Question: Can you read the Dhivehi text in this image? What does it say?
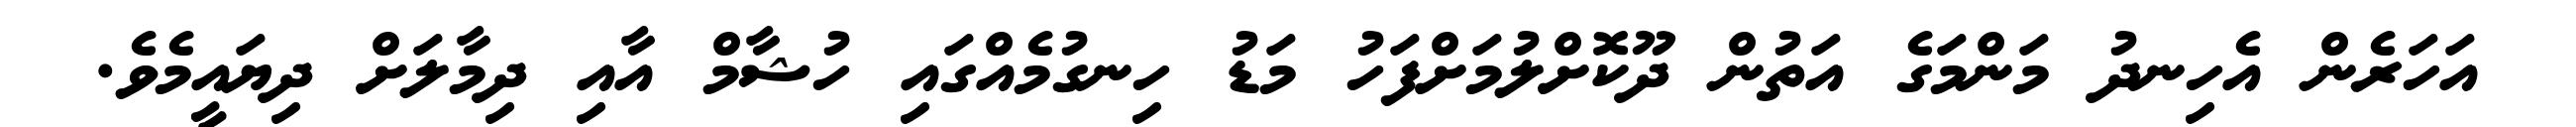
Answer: އަހަރެން އެހިނދު މަންމަގެ އަތުން ދޫކޮށްލުމަށްފަހު މަޑު ހިނގުމެއްގައި ހުޝާމް އާއި ދިމާލަށް ދިޔައީމެވެ.